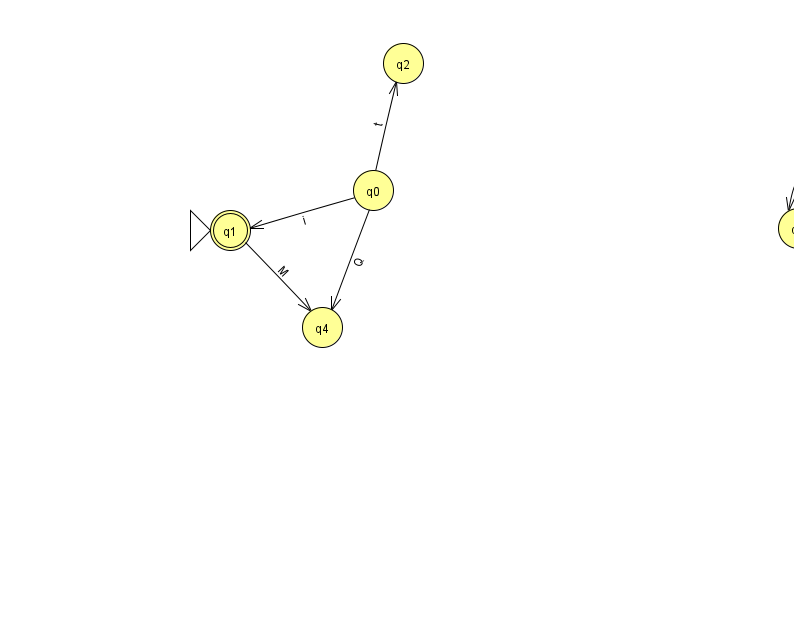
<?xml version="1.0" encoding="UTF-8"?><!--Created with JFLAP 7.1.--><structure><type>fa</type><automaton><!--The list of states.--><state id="0" name="q0"><x>373.0</x><y>177.0</y></state><state id="1" name="q1"><x>230.0</x><y>217.0</y><initial/><final/></state><state id="2" name="q2"><x>403.0</x><y>50.0</y></state><state id="3" name="q3"><x>798.0</x><y>215.0</y></state><state id="4" name="q4"><x>322.0</x><y>314.0</y></state><!--The list of transitions.--><transition><from>0</from><to>4</to><read>Q</read></transition><transition><from>0</from><to>1</to><read>i</read></transition><transition><from>1</from><to>4</to><read>M</read></transition><transition><from>3</from><to>3</to><read>M</read></transition><transition><from>0</from><to>2</to><read>t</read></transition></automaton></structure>